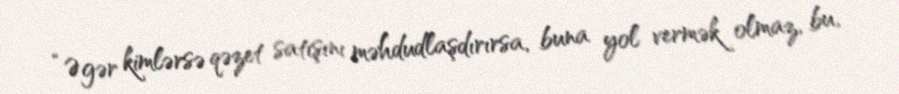
“Əgər kimlərsə qəzet satışını məhdudlaşdırırsa, buna yol vermək olmaz, bu,